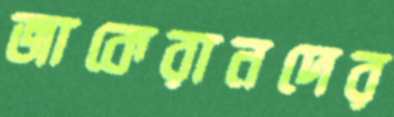
জাকেরানদের